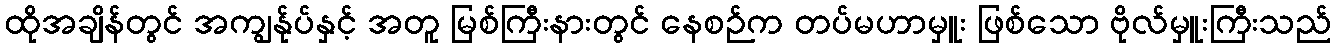
ထိုအချိန်တွင် အကျွန်ုပ်နှင့် အတူ မြစ်ကြီးနားတွင် နေစဉ်က တပ်မဟာမှူး ဖြစ်သော ဗိုလ်မှူးကြီးသည်